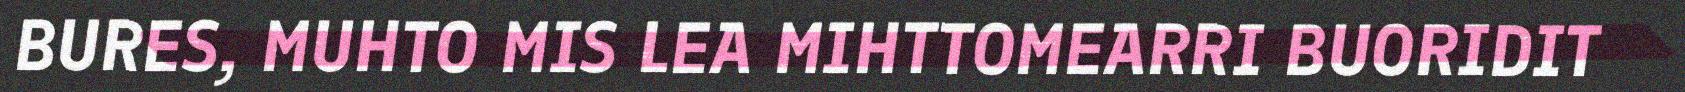
BURES, MUHTO MIS LEA MIHTTOMEARRI BUORIDIT